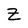
Character: Z